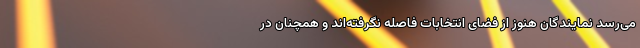
می‌رسد نمایندگان هنوز از فضای انتخابات فاصله نگرفته‌اند و همچنان در